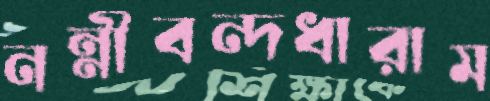
নন্নীবন্দধারাম